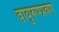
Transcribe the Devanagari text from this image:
वायुरूपप्रवण